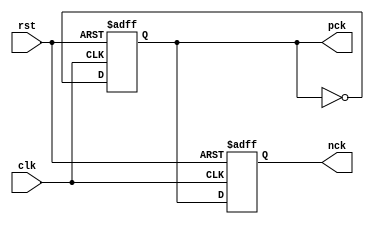
module dac_clk_src (clk,rst,nck,pck);

input wire clk,rst;
output reg pck,nck;

always @ (posedge clk,negedge rst)
	begin
		if (!rst)
			begin
				pck<=1'b0;nck<=1'b0;
			end  
		else
			begin
				pck<=~pck;
				nck<=pck;
			end  
	end  

endmodule